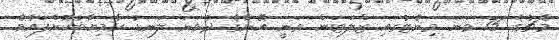
މެޗުގެ 75 ވަނަ މިނެޓުގައި ޒްލަޓަން ވަނީ އޭނާގެ ދެވަނަ ލަނޑު ކާމިޔާބުކޮށްފައެވެ.